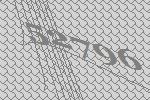
52796